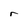
Character: r